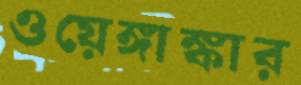
ওয়েঙ্গাঙ্কার